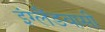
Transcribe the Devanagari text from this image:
इंग्लैंडवासी